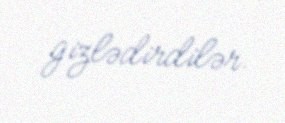
gizlədirdilər.